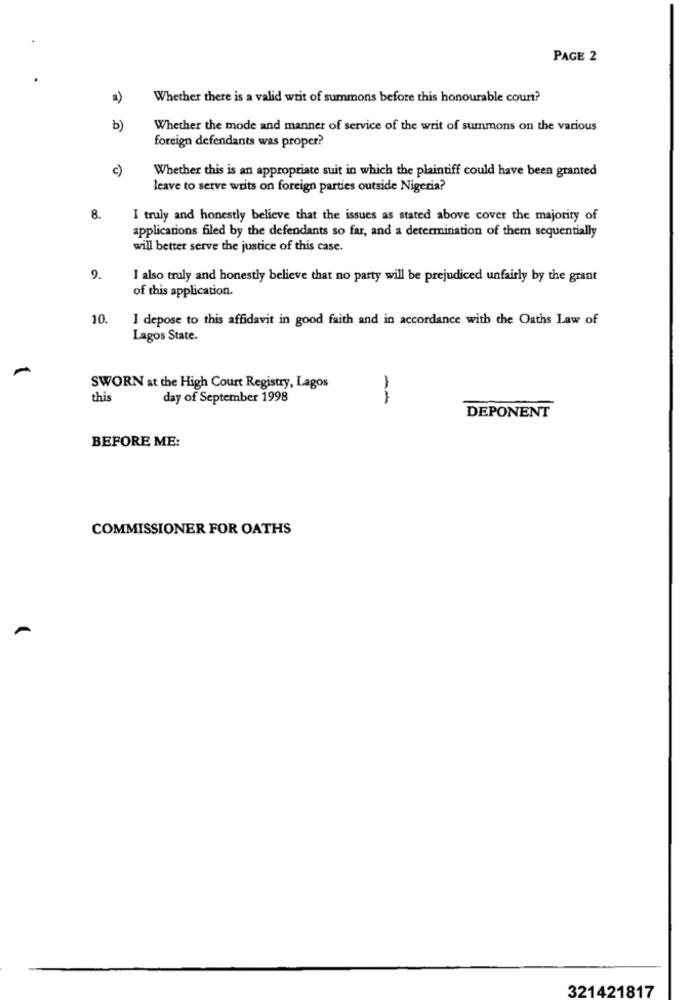
PAGE 2
a)
Whether there is a valid writ of summons before this honourable court?
b)
Whether the mode and manner of service of the writ of summons on the various
foreign defendants was proper?
c)
Whether this is an appropriate suit in which the plaintiff could have been granted
leave to serve writs on foreign parties outside Nigeria?
8.
I truly and honestly believe that the issues as stated above cover the majority of
applications filed by the defendants so far, and a determination of them sequentially
will better serve the justice of this case.
9.
I also truly and honestly believe that no party will be prejudiced unfairly by the grant
of this application.
10.
I depose to this affidavit in good faith and in accordance with the Oaths Law of
Lagos State.
SWORN at the High Court Registry, Lagos
this
day of September 1998
-
DEPONENT
BEFORE ME:
COMMISSIONER FOR OATHS
321421817